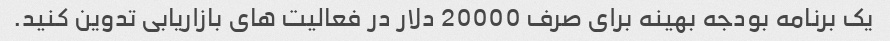
یک برنامه بودجه بهینه برای صرف 20000 دلار در فعالیت های بازاریابی تدوین کنید.